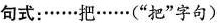
句式：……把……(”把”字句)